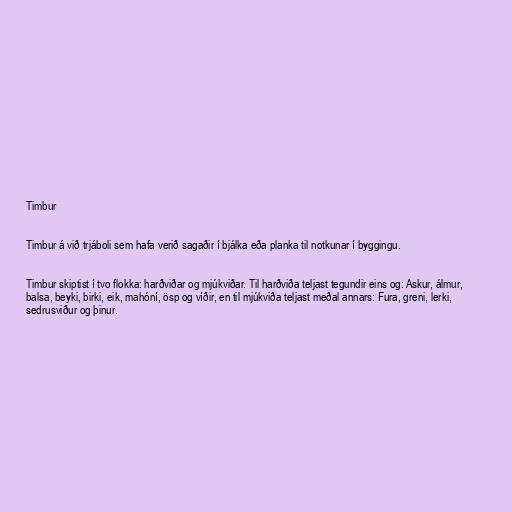
Timbur

Timbur á við trjáboli sem hafa verið sagaðir í bjálka eða planka til notkunar í byggingu.

Timbur skiptist í tvo flokka: harðviðar og mjúkviðar. Til harðviða teljast tegundir eins og: Askur, álmur,
balsa, beyki, birki, eik, mahóní, ösp og víðir, en til mjúkviða teljast meðal annars: Fura, greni, lerki,
sedrusviður og þinur.